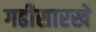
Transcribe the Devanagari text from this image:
गढीसारखे